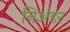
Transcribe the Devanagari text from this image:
निअंडर